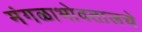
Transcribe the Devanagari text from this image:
मंगळाभोवतालचे